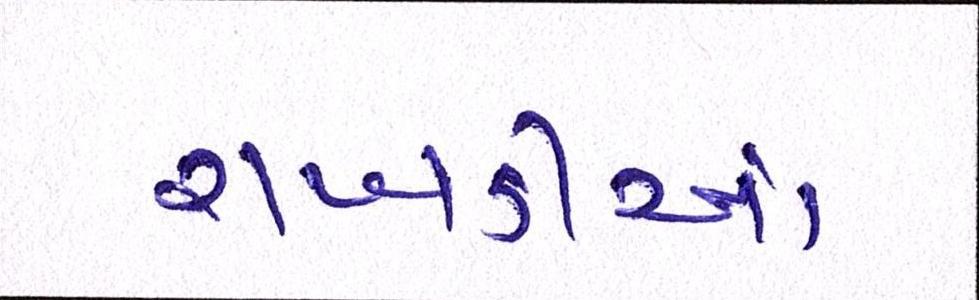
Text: રાખડીઓ